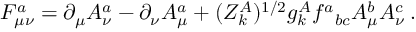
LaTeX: F _ { \mu \nu } ^ { a } = \partial _ { \mu } A _ { \nu } ^ { a } - \partial _ { \nu } A _ { \mu } ^ { a } + ( Z _ { k } ^ { A } ) ^ { 1 / 2 } g _ { k } ^ { A } f ^ { a } { } _ { b c } A _ { \mu } ^ { b } A _ { \nu } ^ { c } \: .